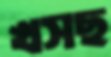
খসছ